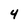
Character: 4